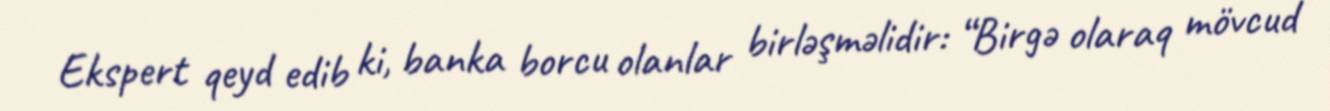
Ekspert qeyd edib ki, banka borcu olanlar birləşməlidir: “Birgə olaraq mövcud